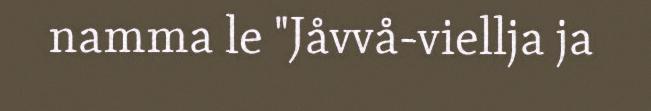
namma le "Jåvvå-viellja ja